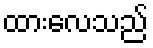
ထားလေသည်